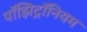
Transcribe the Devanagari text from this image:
पॉझिट्रॉनियम